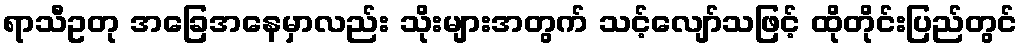
ရာသီဥတု အခြေအနေမှာလည်း သိုးများအတွက် သင့်လျော်သဖြင့် ထိုတိုင်းပြည်တွင်